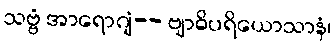
သဗ္ဗံ အာရောဂျံ-- ဗျာဓိပရိယောသာနံ၊